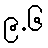
၉.၆